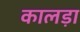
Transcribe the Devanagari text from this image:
कालड़ा